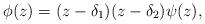
LaTeX: \begin{align*}\phi(z) = (z - \delta_1)(z-\delta_2) \psi(z),\end{align*}